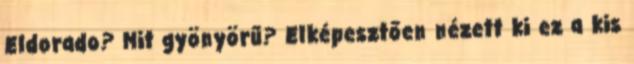
Eldorado? Mit gyönyörű? Elképesztően nézett ki ez a kis